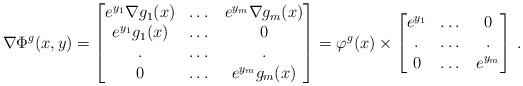
LaTeX: \begin{align*}\nabla \Phi^g(x,y)=\begin{bmatrix} e^{y_1}\nabla g_1(x)& \dots& e^{y_m}\nabla g_m(x)\\ e^{y_1}g_1(x)&\dots&0\\ .&\dots&.\\ 0&\dots&e^{y_m}g_m(x) \end{bmatrix}=\varphi^g(x) \times \begin{bmatrix} e^{y_1}& \dots& 0\\ .&\dots&.\\ 0&\dots&e^{y_m} \end{bmatrix}\,.\end{align*}